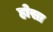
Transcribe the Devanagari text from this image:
होसा